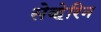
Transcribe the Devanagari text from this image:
सेव्हेरिन